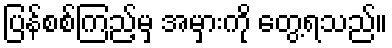
ပြန်စစ်ကြည့်မှ အမှားကို တွေ့ရသည်။